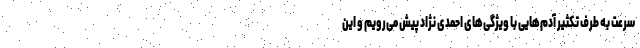
سرعت به طرف تکثیر آدم‌هایی با ویژگی‌های احمدی نژاد پیش می‌رویم و این